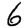
Digit: 6